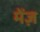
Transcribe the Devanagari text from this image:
मेंज़